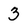
Character: 3